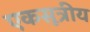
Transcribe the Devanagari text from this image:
एकसूत्रीय